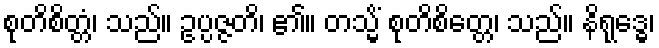
စုတိစိတ္တံ၊ သည်။ ဥပ္ပဇ္ဇတိ၊ ၏။ တသ္မိံ စုတိစိတ္တေ၊ သည်။ နိရုဒ္ဓေ၊